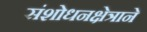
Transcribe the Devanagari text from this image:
संशोधनक्षेत्राने